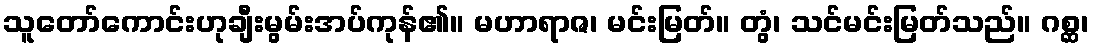
သူတော်ကောင်းဟုချီးမွမ်းအပ်ကုန်၏။ မဟာရာဇ၊ မင်းမြတ်။ တွံ၊ သင်မင်းမြတ်သည်။ ဂစ္ဆ၊